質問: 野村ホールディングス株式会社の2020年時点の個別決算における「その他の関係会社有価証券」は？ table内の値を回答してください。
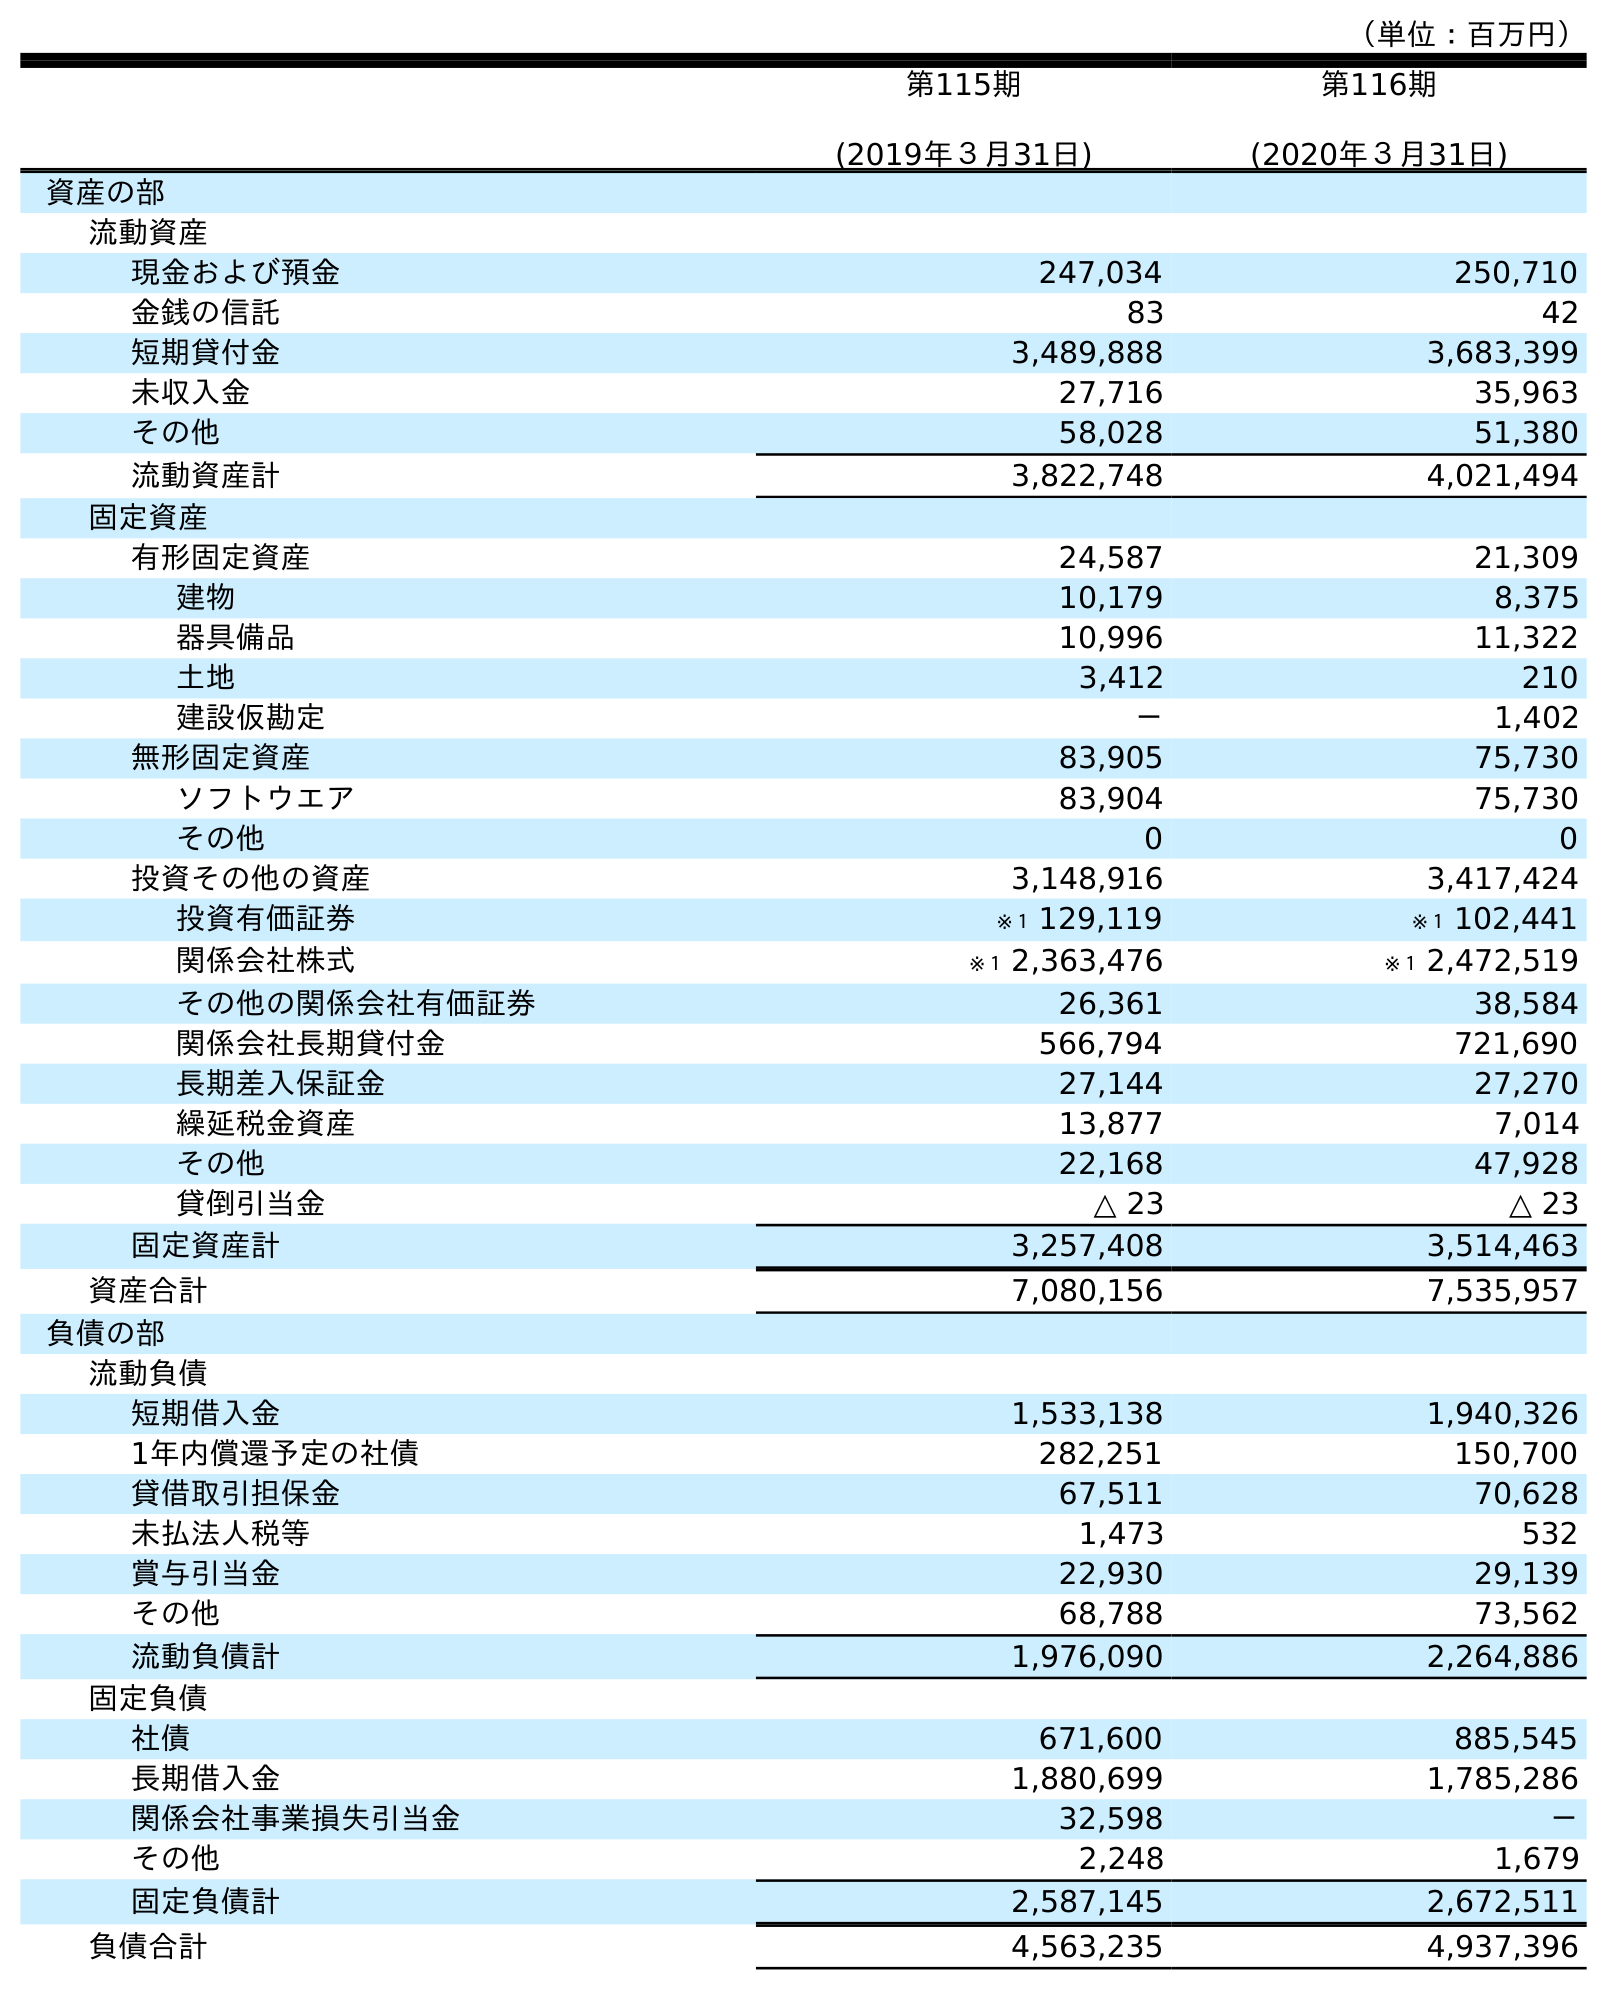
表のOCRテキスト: （単位：百万円） 第115期 (2019年３月31日) 第116期 (2020年３月31日) 資産の部 流動資産 現金および預金 247,034 250,710 金銭の信託 83 42 短期貸付金 3,489,888 3,683,399 未収入金 27,716 35,963 その他 58,028 51,380 流動資産計 3,822,748 4,021,494 固定資産 有形固定資産 24,587 21,309 建物 10,179 8,375 器具備品 10,996 11,322 土地 3,412 210 建設仮勘定 － 1,402 無形固定資産 83,905 75,730 ソフトウエア 83,904 75,730 その他 0 0 投資その他の資産 3,148,916 3,417,424 投資有価証券 ※１ 129,119 ※１ 102,441 関係会社株式 ※１ 2,363,476 ※１ 2,472,519 その他の関係会社有価証券 26,361 38,584 関係会社長期貸付金 566,794 721,690 長期差入保証金 27,144 27,270 繰延税金資産 13,877 7,014 その他 22,168 47,928 貸倒引当金 △ 23 △ 23 固定資産計 3,257,408 3,514,463 資産合計 7,080,156 7,535,957 負債の部 流動負債 短期借入金 1,533,138 1,940,326 1年内償還予定の社債 282,251 150,700 貸借取引担保金 67,511 70,628 未払法人税等 1,473 532 賞与引当金 22,930 29,139 その他 68,788 73,562 流動負債計 1,976,090 2,264,886 固定負債 社債 671,600 885,545 長期借入金 1,880,699 1,785,286 関係会社事業損失引当金 32,598 － その他 2,248 1,679 固定負債計 2,587,145 2,672,511 負債合計 4,563,235 4,937,396
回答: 38,584